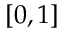
[ 0 , 1 ]